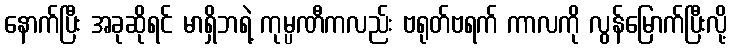
နောက်ပြီး အခုဆိုရင် မာရှိဘရဲ့ ကုမ္ပဏီကလည်း ဗရုတ်ဗရက် ကာလကို လွန်မြောက်ပြီးလို့